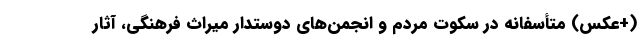
(+عکس) متأسفانه در سکوت مردم و انجمن‌های دوستدار میراث فرهنگی، آثار